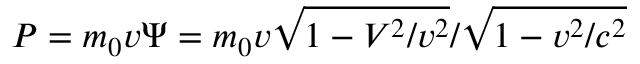
P = m _ { 0 } v \Psi = m _ { 0 } v \sqrt { 1 - V ^ { 2 } / v ^ { 2 } } / \sqrt { 1 - v ^ { 2 } / c ^ { 2 } }